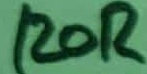
Text: 120R